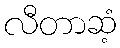
လီတာဆံ့